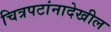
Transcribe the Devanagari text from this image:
चित्रपटांनादेखील